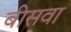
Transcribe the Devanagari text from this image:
बीसवा